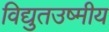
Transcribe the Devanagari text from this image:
विद्युतउष्मीय